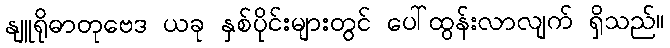
နျူရိုဓာတုဗေဒ ယခု နှစ်ပိုင်းများတွင် ပေါ်ထွန်းလာလျက် ရှိသည်။